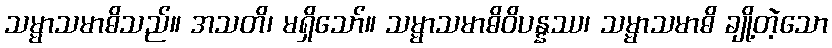
သမ္မာသမာဓိသည်။ အသတိ၊ မရှိသော်။ သမ္မာသမာဓိဝိပန္နဿ၊ သမ္မာသမာဓိ ချို့တဲ့သော